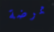
ممرضة